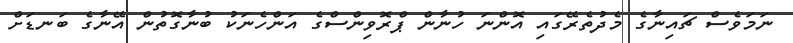
ނަމަވެސް ޗައިނާގެ މެދުތެރޭގައި އޮންނަ ހުނާން ޕްރޮވިންސްގެ އަންހެނަކު ބުނާގޮތުން އޭނާގެ ބަނޑަށް